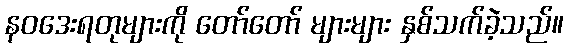
နဝဒေးရတုများကို တော်တော် များများ နှစ်သက်ခဲ့သည်။